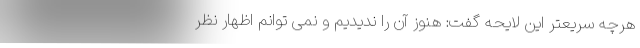
هرچه سریعتر این لایحه گفت: هنوز آن را ندیدیم و نمی توانم اظهار نظر